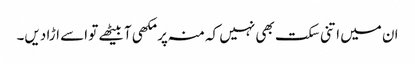
ان میں اتنی سکت بھی نہیں کہ منہ پر مکھی آبیٹھے تو اسے اڑا دیں۔